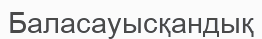
Баласауысқандық